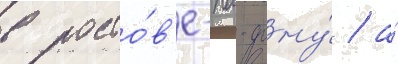
в росто́в'е-на-дону́ / а́